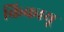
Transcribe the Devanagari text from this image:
किकायू